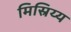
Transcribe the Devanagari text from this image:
मिस्रिय्य